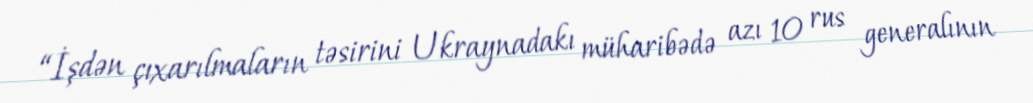
“İşdən çıxarılmaların təsirini Ukraynadakı müharibədə azı 10 rus generalının